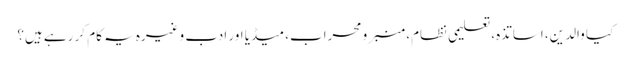
کیا والدین، اساتذہ، تعلیمی نظام، منبر و محراب، میڈیا اور ادب وغیرہ یہ کام کر رہے ہیں؟